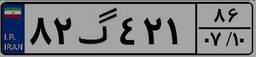
۳۷گ۸۶۱۵۸